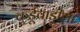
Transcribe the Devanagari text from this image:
कुर्डूवाडीला